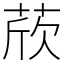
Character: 𦲽